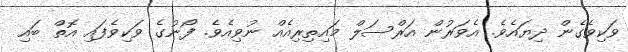
ވަކިވެގެން ދިޔައެވެ. އެވަރުން އަރްސަލް މައިތިރިއެއް ނުވިއެވެ. ފޯނުގެ ވަކިވެފައި އޮތް ބައި